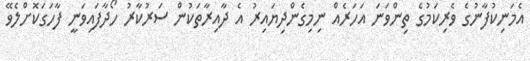
އެމަނިކުފާނުގެ ވެރިކަމުގެ ތިންވަނަ އަހަރެއް ނިމިގެންދިޔައިރު އެ ދާއިރާތަކުން ސަރުކާރު ހޯދާފައިވަނީ ފާހަގަކޮށްލެވޭ